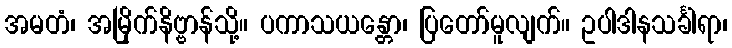
အမတံ၊ အမြိုက်နိဗ္ဗာန်သို့။ ပကာသယန္တော၊ ပြတော်မူလျက်။ ဥပါဒါနသင်္ခါရာ၊